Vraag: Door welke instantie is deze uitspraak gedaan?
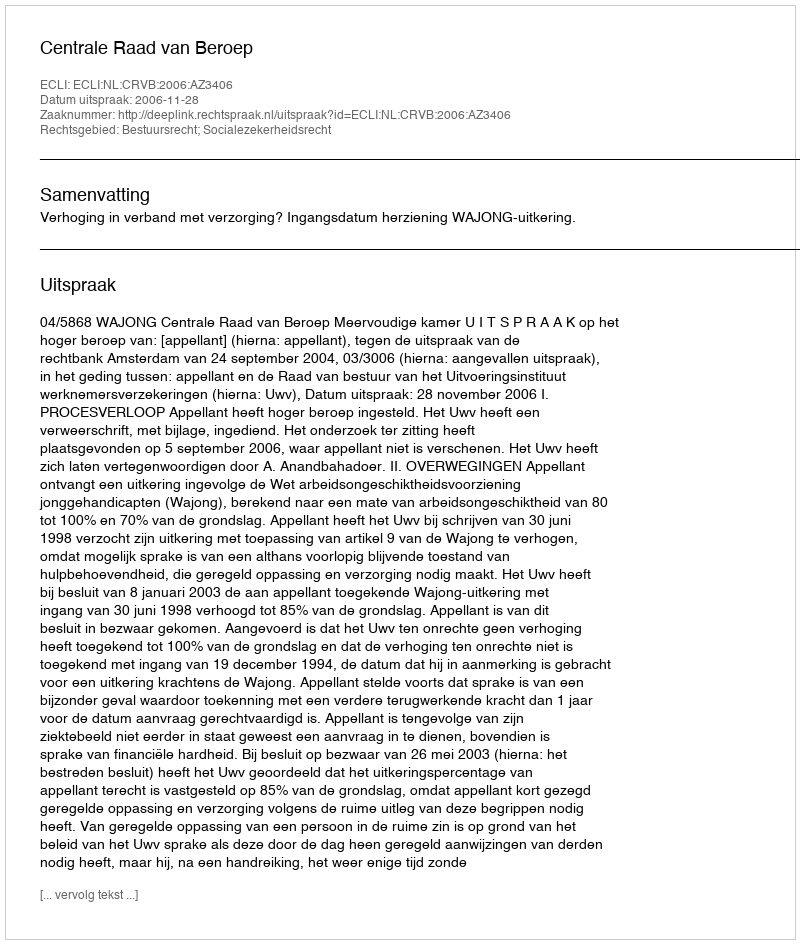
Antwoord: Centrale Raad van Beroep